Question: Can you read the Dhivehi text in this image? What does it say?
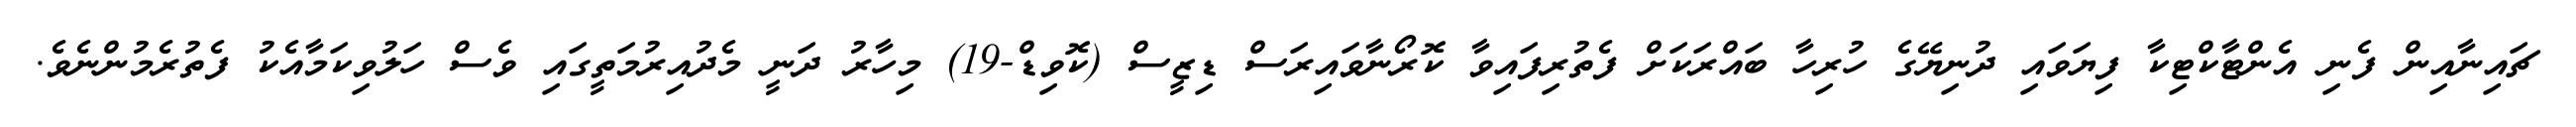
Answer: ޗައިނާއިން ފެނި އެންޓާކްޓިކާ ފިޔަވައި ދުނިޔޭގެ ހުރިހާ ބައްރަކަށް ފެތުރިފައިވާ ކޮރޯނާވައިރަސް ޑިޒީސް (ކޮވިޑް-19) މިހާރު ދަނީ މެދުއިރުމަތީގައި ވެސް ހަލުވިކަމާއެކު ފެތުރެމުންނެވެ.